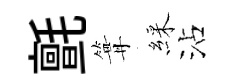
氈篝綵沾